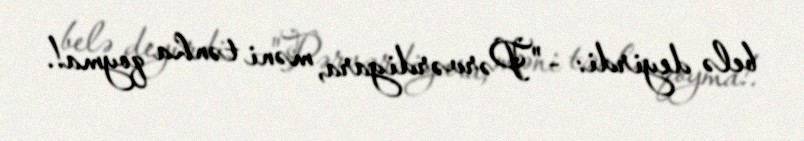
belə deyirdi: -"Pərvərdigara, məni tənha qoyma!.